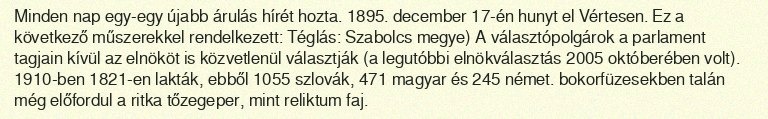
Minden nap egy-egy újabb árulás hírét hozta. 1895. december 17-én hunyt el Vértesen. Ez a következő műszerekkel rendelkezett: Téglás: Szabolcs megye) A választópolgárok a parlament tagjain kívül az elnököt is közvetlenül választják (a legutóbbi elnökválasztás 2005 októberében volt). 1910-ben 1821-en lakták, ebből 1055 szlovák, 471 magyar és 245 német. bokorfüzesekben talán még előfordul a ritka tőzegeper, mint reliktum faj.